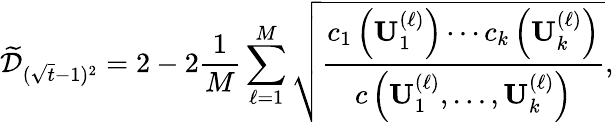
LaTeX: \widetilde{\mathcal{D}}_{(\sqrt{t}-1)^{2}}=2-2\frac{1}{M}\sum_{\ell=1}^{M}\sqrt{\frac{c_{1}\left(\mathbf{U}_{1}^{(\ell)}\right)\cdots c_{k}\left(\mathbf{U}_{k}^{(\ell)}\right)}{c\left(\mathbf{U}_{1}^{(\ell)},\dots,\mathbf{U}_{k}^{(\ell)}\right)}},